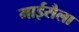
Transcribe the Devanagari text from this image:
माईसैला